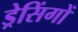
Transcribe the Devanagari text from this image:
ड्रेसिंगों